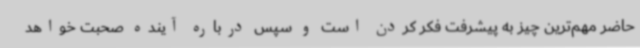
حاضر مهم‌ترین چیز به پیشرفت فکر کردن است و سپس درباره آینده صحبت خواهد